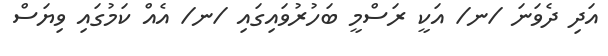
އަދި ދެވަނަ /ނ/ އަކީ ރަސްމީ ބަހުރުވައިގައި /ނ/ އެއް ކަމުގައި ވިޔަސް